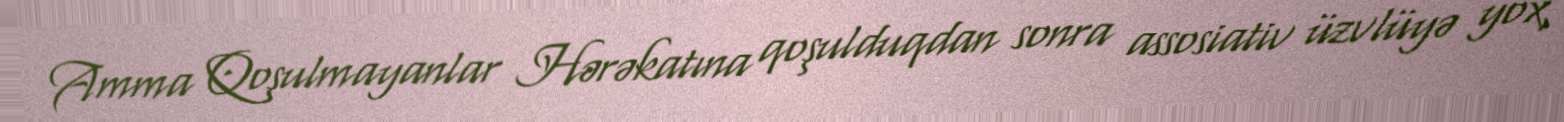
Amma Qoşulmayanlar Hərəkatına qoşulduqdan sonra assosiativ üzvlüyə yox,